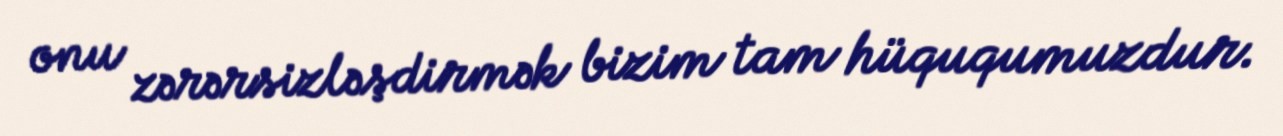
onu zərərsizləşdirmək bizim tam hüququmuzdur.